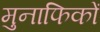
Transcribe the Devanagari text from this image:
मुनाफिकों